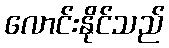
လောင်းနိုင်သည်